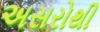
અસરોથી